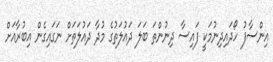
އިންސާފު ހޯދައިދިނުމަކީ ފައިސާ ދިނުންތަ ބަލަ ދައުލަތުގެ މުދާ ދައުލަތަށް ނަގައިގެން އިބުރާއަށް